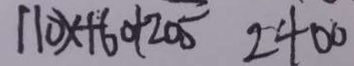
1 1 0 x + 6 0 + 2 0 5 2 4 0 0